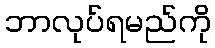
ဘာလုပ်ရမည်ကို